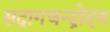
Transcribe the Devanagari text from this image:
सद्रागचन्द्रोदय